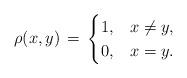
LaTeX: \begin{align*}\rho (x,y) \, = \, \begin{cases} 1, & x \neq y, \\ 0, & x=y. \end{cases}\end{align*}